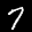
Label: 7